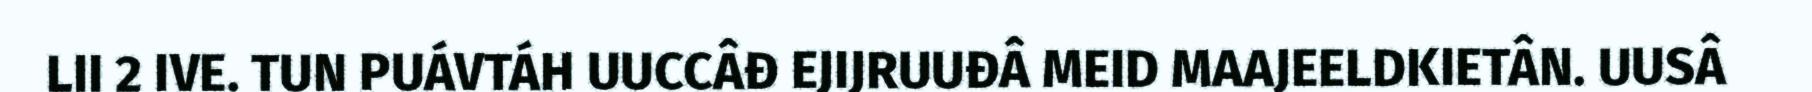
LII 2 IVE. TUN PUÁVTÁH UUCCÂĐ EJIJRUUĐÂ MEID MAAJEELDKIETÂN. UUSÂ